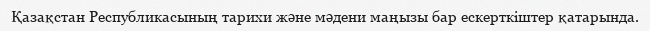
Қазақстан Республикасының тарихи және мәдени маңызы бар ескерткіштер қатарында.